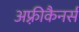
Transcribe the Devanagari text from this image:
अफ़्रीकैनर्स